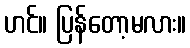
ဟင်။ ပြန်တော့မလား။